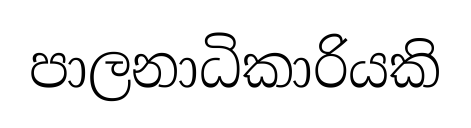
පාලනාධිකාරියකි